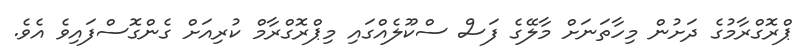
ޕްރޮގްރާމުގެ ދަށުން މިހާތަނަށް މާލޭގެ ފަސް ސްކޫލެއްގައި މިޕްރޮގްރާމް ކުރިއަށް ގެންގޮސްފައިވެ އެވެ.